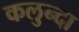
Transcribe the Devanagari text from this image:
कलुन्दा